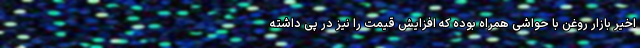
اخیر بازار روغن با حواشی همراه بوده که افزایش قیمت را نیز در پی داشته